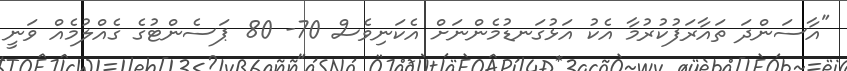
"އާސަންދަ ތައާރަފުކުރުމާ އެކު އަޅުގަނޑުމެންނަށް އެކަނިވެސް 70- 80 ޕަސެންޓުގެ ގެއްލުމެއް ވަނީ